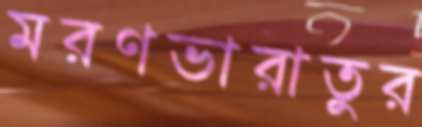
মরণভারাতুর